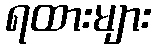
ရထားများ